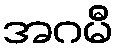
အဂမီ